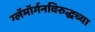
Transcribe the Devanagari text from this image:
ग्लॅमॉर्गनविरुद्धच्या